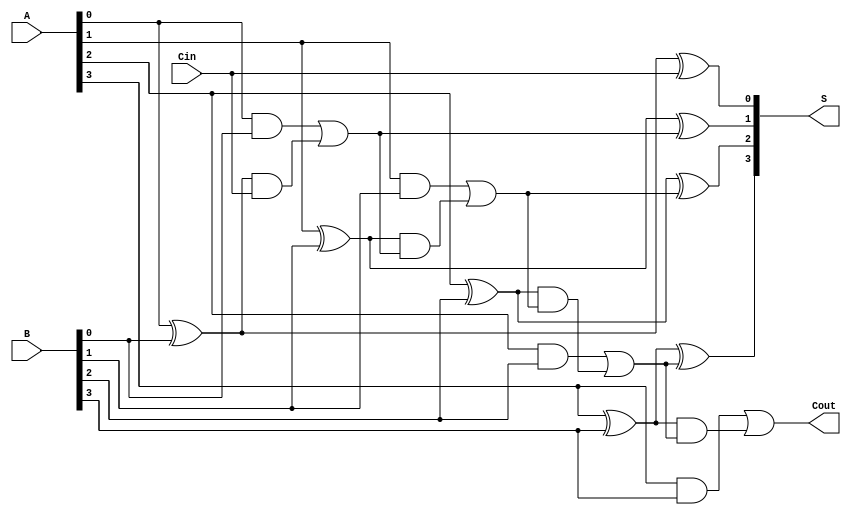
module RCLA #(parameter n = 4) (
    input  [n-1:0] A,      // First operand
    input  [n-1:0] B,      // Second operand
    input         Cin,      // Carry input
    output [n-1:0] S,      // Sum output
    output        Cout      // Carry output
);

    // Generate and Propagate signals
    wire [n-1:0] G; // Generate signals
    wire [n-1:0] P; // Propagate signals
    wire [n:0] C;   // Carry signals

    // Generate and Propagate calculations
    genvar i;
    generate
        for (i = 0; i < n; i = i + 1) begin : gen_prop
            assign G[i] = A[i] & B[i]; // Generate
            assign P[i] = A[i] ^ B[i]; // Propagate
        end
    endgenerate

    // Carry Lookahead Logic
    assign C[0] = Cin; // Initial carry input
    assign C[1] = G[0] | (P[0] & C[0]); // C1
    generate
        for (i = 1; i < n; i = i + 1) begin : carry_logic
            assign C[i + 1] = G[i] | (P[i] & C[i]); // C2, C3, ..., Cn
        end
    endgenerate

    // Sum Calculation
    generate
        for (i = 0; i < n; i = i + 1) begin : sum_calc
            assign S[i] = P[i] ^ C[i]; // Sum
        end
    endgenerate

    // Carry Output
    assign Cout = C[n]; // Final carry output

endmodule